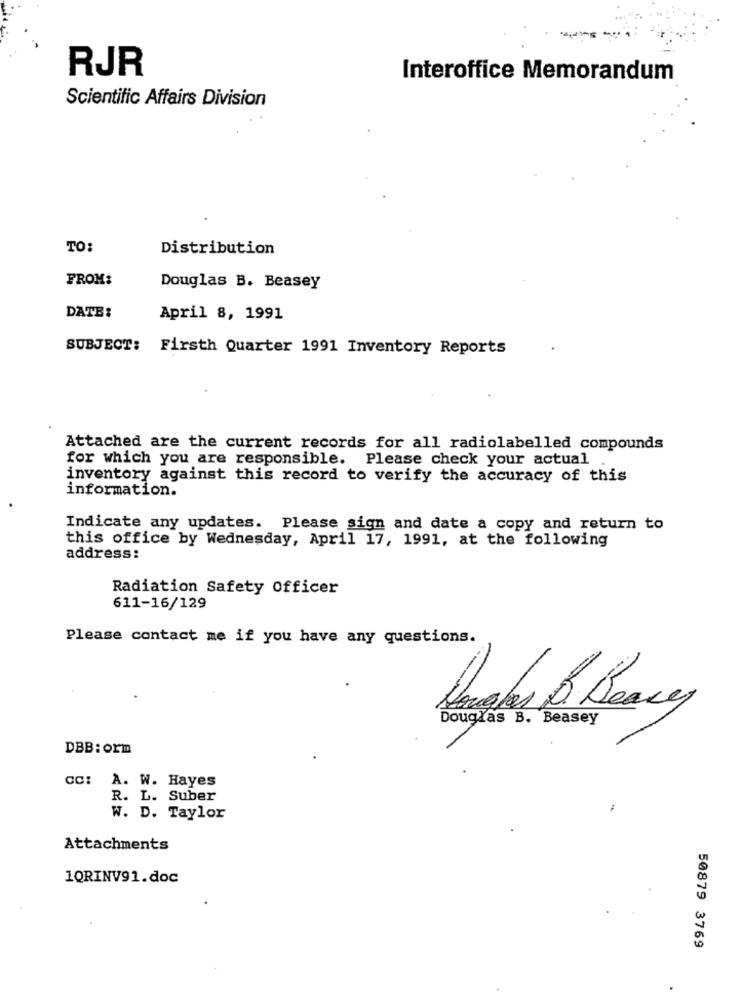
RJR
Interoffice Memorandum
Scientific Affairs Division
TO:
Distribution
FROM:
Douglas B. Beasey
DATE:
April 8, 1991
SUBJECT: Firsth Quarter 1991 Inventory Reports
Attached are the current records for all radiolabelled compounds
for which you are responsible. Please check your actual
inventory against this record to verify the accuracy of this
information.
Indicate any updates. Please sign and date a copy and return to
this office by Wednesday, April 17, 1991, at the following
address:
Radiation Safety Officer
611-16/129
Please contact me if you have any questions.
Douglas B. Beasey
DBB: orm
CC: A. W. Hayes
R. L. Suber
W. D. Taylor
Attachments
1QRINV91.doc
50879 3769